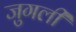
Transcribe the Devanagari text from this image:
जुगली